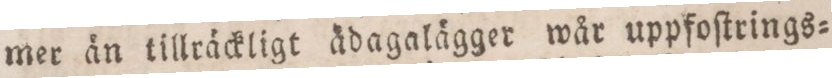
mer än tillräckligt ädagalägger wår uppfoſtrings=